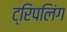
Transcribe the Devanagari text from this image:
ट्रिपलिंग